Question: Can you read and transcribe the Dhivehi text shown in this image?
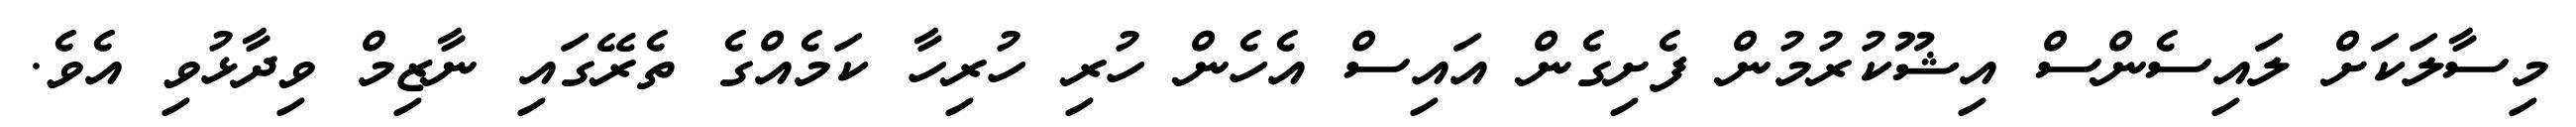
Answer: މިސާލަކަށް ލައިސެންސް އިޝޫކުރުމުން ފެށިގެން އައިސް އެހެން ހުރި ހުރިހާ ކަމެއްގެ ތެރޭގައި ނާޒިމް ވިދާޅުވި އެވެ.